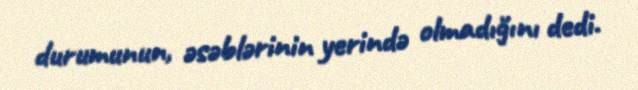
durumunun, əsəblərinin yerində olmadığını dedi.